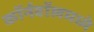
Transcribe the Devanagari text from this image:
कॉर्नवॉलमध्ये